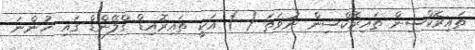
ތައިރޮކްސިން ތައިރޮކްސިން ނުވަތަ ( ) އަކީ ތައިރޮއިޑް ގްލޭންޑް ގައި ހުންނަ